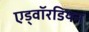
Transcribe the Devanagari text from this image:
एड्वॉरडियन